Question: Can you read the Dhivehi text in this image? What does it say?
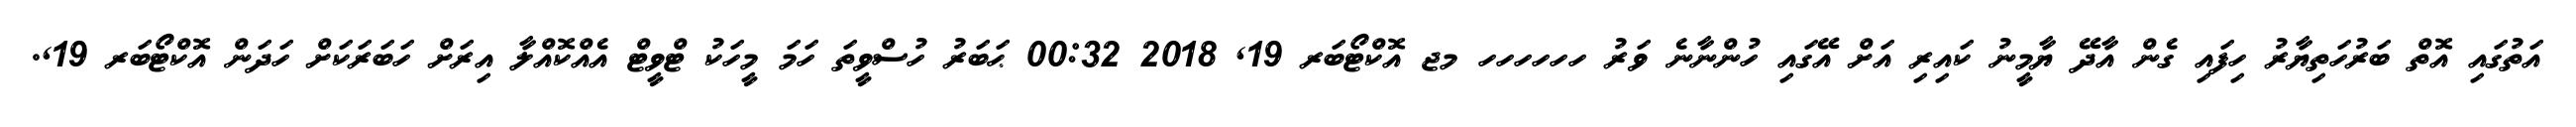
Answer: އަތުގައި އޮތް ބަރުހަތިޔާރު ހިފައި ގެން އާދޭ ޔާމީނު ކައިރި އަށް އޭގައި ހުންނާނެ ވަރު ހހހހހހ މޖ އޮކްޓޯބަރ 19, 2018 00:32 ޙަބަރު ހުސްވީތަ ހަމަ މީހަކު ޓްވީޓް އެއްކޮއްލާ އިރަށް ހަބަރަކަށް ހަދަން އޮކްޓޯބަރ 19,.